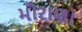
મોરાણા